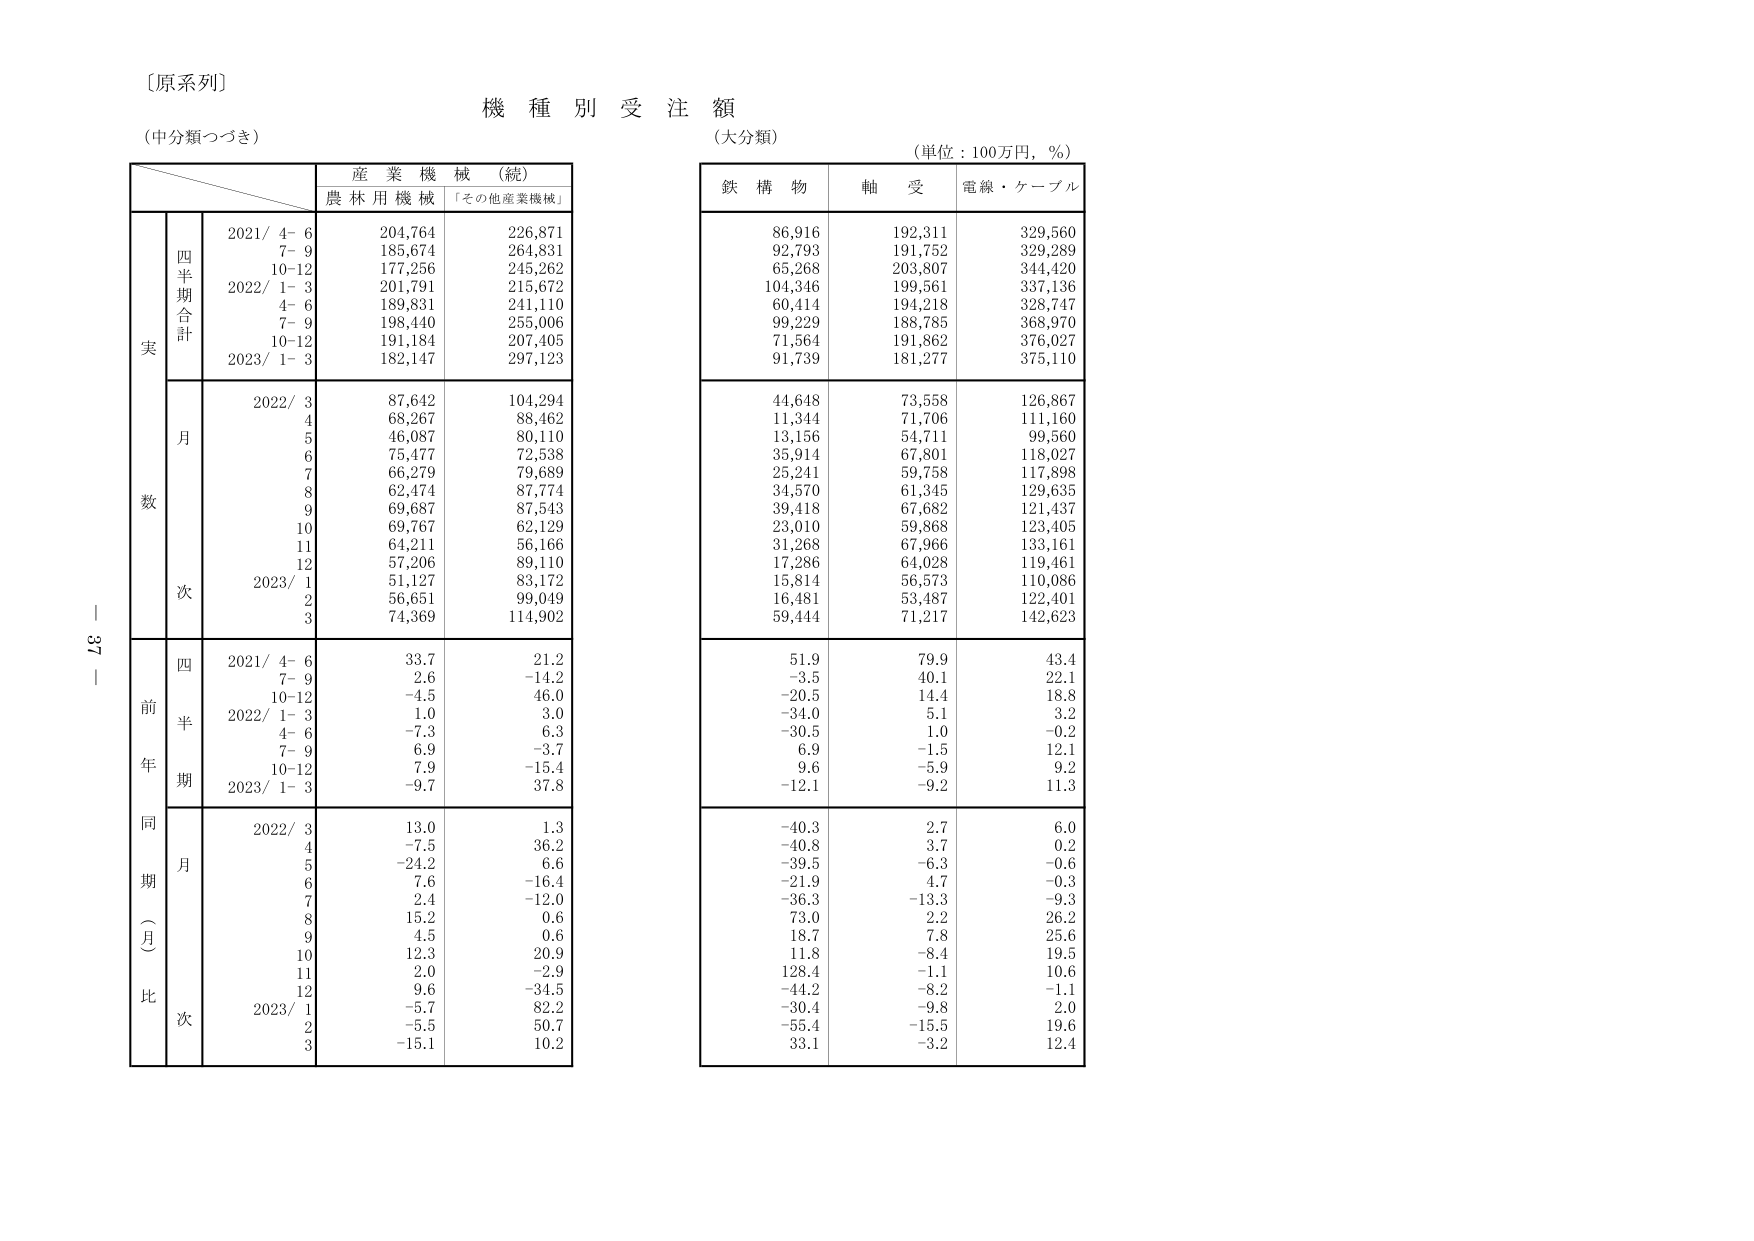
〔原系列〕
機種別受注額
（中分類つづき）
（大分類）
（単位：100万円，％）

産業機械（続）
農林用機械 「その他産業機械」

鉄構物 軸受 電線・ケーブル

実
四半期合計
2021/ 4-6 204,764 226,871 86,916 192,311 329,560
7-9 185,674 264,831 92,793 191,752 329,289
10-12 177,256 245,262 65,268 203,807 344,420
2022/ 1-3 201,791 215,672 104,346 199,561 337,136
4-6 189,831 241,110 60,414 194,218 328,747
7-9 198,440 255,006 99,229 188,785 368,970
10-12 191,184 207,405 71,564 191,862 376,027
2023/ 1-3 182,147 297,123 91,739 181,277 375,110

数
月
2022/ 3 87,642 104,294 44,648 73,558 126,867
4 68,267 88,462 11,344 71,706 111,160
5 46,087 80,110 13,156 54,711 99,560
6 75,477 72,538 35,914 67,801 118,027
7 66,279 79,689 25,241 59,758 117,898
8 62,474 87,774 34,570 61,345 129,635
9 69,687 87,543 39,418 67,682 121,437
10 69,767 62,129 23,010 59,868 123,405
11 64,211 56,166 31,268 67,966 133,161
12 57,206 89,110 17,286 64,028 119,461
2023/ 1 51,127 83,172 15,814 56,573 110,086
2 56,651 99,049 16,481 53,487 122,401
3 74,369 114,902 59,444 71,217 142,623

前年同期（月比）
四半期
2021/ 4-6 33.7 21.2 51.9 79.9 43.4
7-9 2.6 -14.2 -3.5 40.1 22.1
10-12 -4.5 46.0 -20.5 14.4 18.8
2022/ 1-3 1.0 3.0 -34.0 5.1 3.2
4-6 -7.3 6.3 -30.5 1.0 -0.2
7-9 6.9 -3.7 6.9 -1.5 12.1
10-12 7.9 -15.4 9.6 -5.9 9.2
2023/ 1-3 -9.7 37.8 -12.1 -9.2 11.3

月次
2022/ 3 13.0 1.3 -40.3 2.7 6.0
4 -7.5 36.2 -40.8 3.7 0.2
5 -24.2 6.6 -39.5 -6.3 -0.6
6 7.6 -16.4 -21.9 4.7 -0.3
7 2.4 -12.0 -36.3 -13.3 -9.3
8 15.2 0.6 73.0 2.2 26.2
9 4.5 0.6 18.7 7.8 25.6
10 12.3 20.9 11.8 -8.4 19.5
11 2.0 -2.9 128.4 -1.1 10.6
12 9.6 -34.5 -44.2 -8.2 -1.1
2023/ 1 -5.7 82.2 -30.4 -9.8 2.0
2 -5.5 50.7 -55.4 -15.5 19.6
3 -15.1 10.2 33.1 -3.2 12.4

ー 37 ー